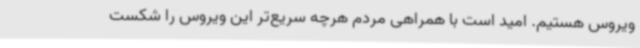
ویروس هستیم. امید است با همراهی مردم هرچه سریع‌تر این ویروس را شکست